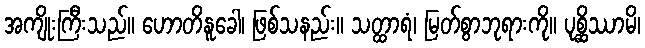
အကျိုးကြီးသည်။ ဟောတိနူခေါ၊ ဖြစ်သနည်း။ သတ္ထာရံ၊ မြတ်စွာဘုရားကို။ ပုစ္ဆိဿာမိ၊